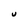
Character: U